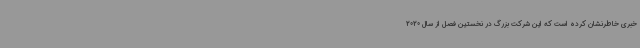
خبری خاطرنشان کرده است که این شرکت بزرگ در نخستین فصل از سال 2020